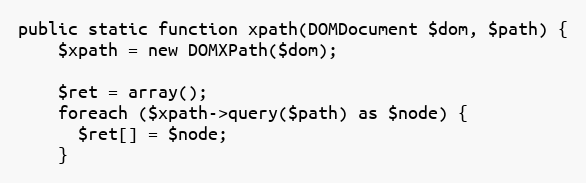
Language: PHP
public static function xpath(DOMDocument $dom, $path) {
    $xpath = new DOMXPath($dom);

    $ret = array();
    foreach ($xpath->query($path) as $node) {
      $ret[] = $node;
    }